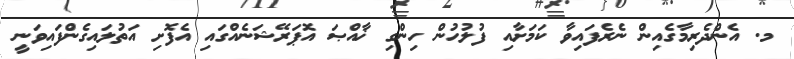
މ. އެންދެރިމާގެއިން ނެރެފައިވާ ކަމަށާއި ފުލުހުން ހިންގި ޚާއްޞަ އޮޕަރޭޝަނެއްގައި އެފޮށި އަތުލައިގެންފައިވަނީ